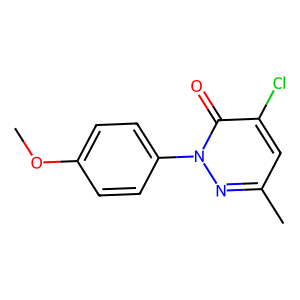
SMILES: COc1ccc(-n2nc(C)cc(Cl)c2=O)cc1
Inhibits HIV replication: No